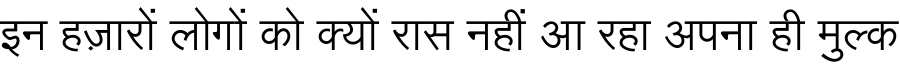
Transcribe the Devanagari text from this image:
इन हज़ारों लोगों को क्यों रास नहीं आ रहा अपना ही मुल्क